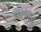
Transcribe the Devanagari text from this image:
झलका